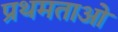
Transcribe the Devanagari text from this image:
प्रथमताओं